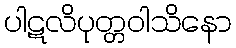
ပါဋလိပုတ္တဝါသိနော